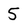
Character: 5